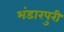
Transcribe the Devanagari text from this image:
भंडारपुरी